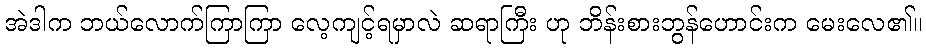
အဲဒါက ဘယ်လောက်ကြာကြာ လေ့ကျင့်ရမှာလဲ ဆရာကြီး ဟု ဘိန်းစားဘွန်ဟောင်းက မေးလေ၏။